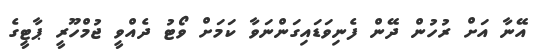
އޭނާ އަށް ރުހުން ދޭން ފެނިވަޑައިގަންނަވާ ކަމަށް ވޯޓު ދެއްވީ ޖުމްހޫރީ ޕާޓީގެ